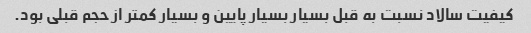
کیفیت سالاد نسبت به قبل بسیار بسیار پایین و بسیار کمتر از حجم قبلی بود.